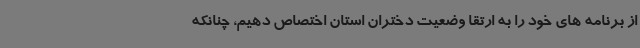
از برنامه های خود را به ارتقا وضعیت دختران استان اختصاص دهیم، چنانکه